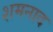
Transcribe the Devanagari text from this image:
शमनाद